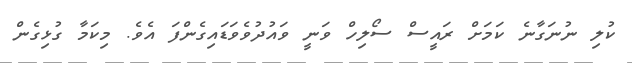
ކުލި ނުނަގާނެ ކަމަށް ރައީސް ސޯލިހް ވަނީ ވައުދުވެވަޑައިގެންފަ އެވެ. މިކަމާ ގުޅިގެން